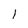
Character: 1